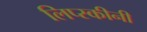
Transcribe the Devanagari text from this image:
लिप्स्कीनी